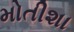
મોતીશા